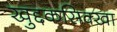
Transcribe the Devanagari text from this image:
खुद्दकसिक्खा